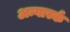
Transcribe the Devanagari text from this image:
अन्गार्स्क